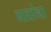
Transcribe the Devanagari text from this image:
मात्रांना